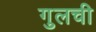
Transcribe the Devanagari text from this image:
गुलची